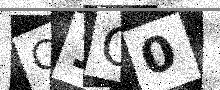
Text: C1G0